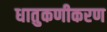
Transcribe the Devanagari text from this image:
धातुकणीकरण